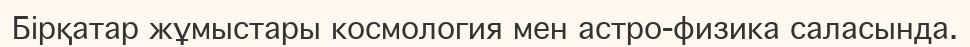
Бірқатар жұмыстары космология мен астро-физика саласында.